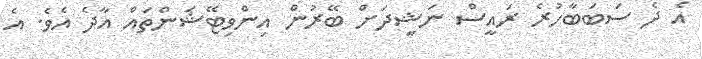
އެ ދެ ސަބަބާހުރެ ރައީސް ނަޝީދަށް ބޭރުން އިންވިޓޭޝަންތައް އާދެ އެވެ. އެ